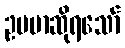
ဥပမာဆိုရသော်